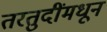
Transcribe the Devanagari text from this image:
तरतुदींमधून